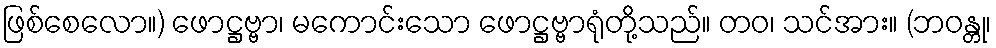
ဖြစ်စေလော။) ဖောဋ္ဌဗ္ဗာ၊ မကောင်းသော ဖောဋ္ဌဗ္ဗာရုံတို့သည်။ တဝ၊ သင်အား။ (ဘဝန္တု၊